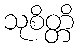
သုစိတ္တိ